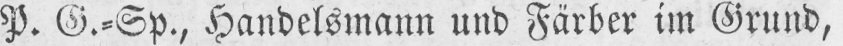
P. G.⸗Sp., Handelsmann und Färber im Grund,